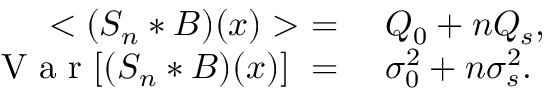
\begin{array} { r l } { < ( S _ { n } * B ) ( x ) > \ = \ } & { { } Q _ { 0 } + n Q _ { s } , } \\ { \mathrm { ~ V ~ a ~ r ~ } [ ( S _ { n } * B ) ( x ) ] \ = \ } & { { } \sigma _ { 0 } ^ { 2 } + n \sigma _ { s } ^ { 2 } . } \end{array}